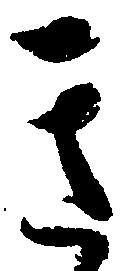
き